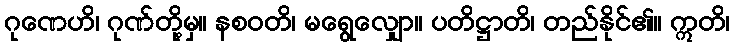
ဂုဏေဟိ၊ ဂုဏ်တို့မှ။ နစဝတိ၊ မရွေလျှော။ ပတိဋ္ဌာတိ၊ တည်နိုင်၏။ ဣတိ၊